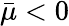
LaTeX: \bar{\mu}<0